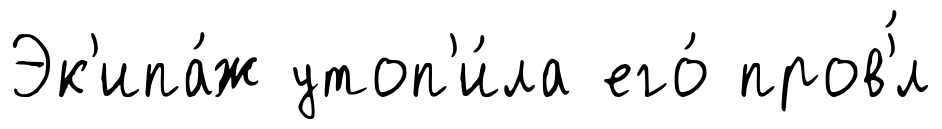
Эк'ипа́ж утоп'и́ла его́ пров'́л